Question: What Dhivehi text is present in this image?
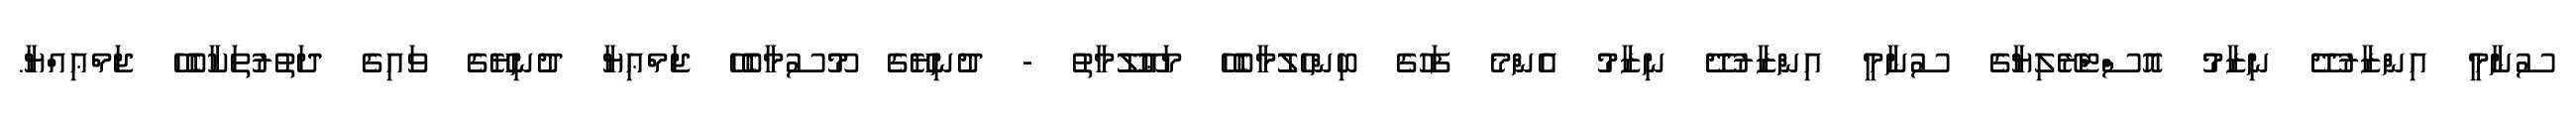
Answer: ސުނާމީ އިންޒާރުދޭ ނިޒާމު އޮސްޓްރޭލިޔާގެ ސުނާމީ އިންޒާރުދޭ ނިޒާމު އެންމެ ފަހުގެ ބިންހެލުމާބެހޭ މަޢޫލޫމާތު - ދުނިޔޭގެ މޫސުމާބެހޭ ޖަމްޢިޔާ ދުނިޔޭގެ ވައިގެ ދަތުރުތަކާބެހޭ ޖަމްޢިއްޔާ.